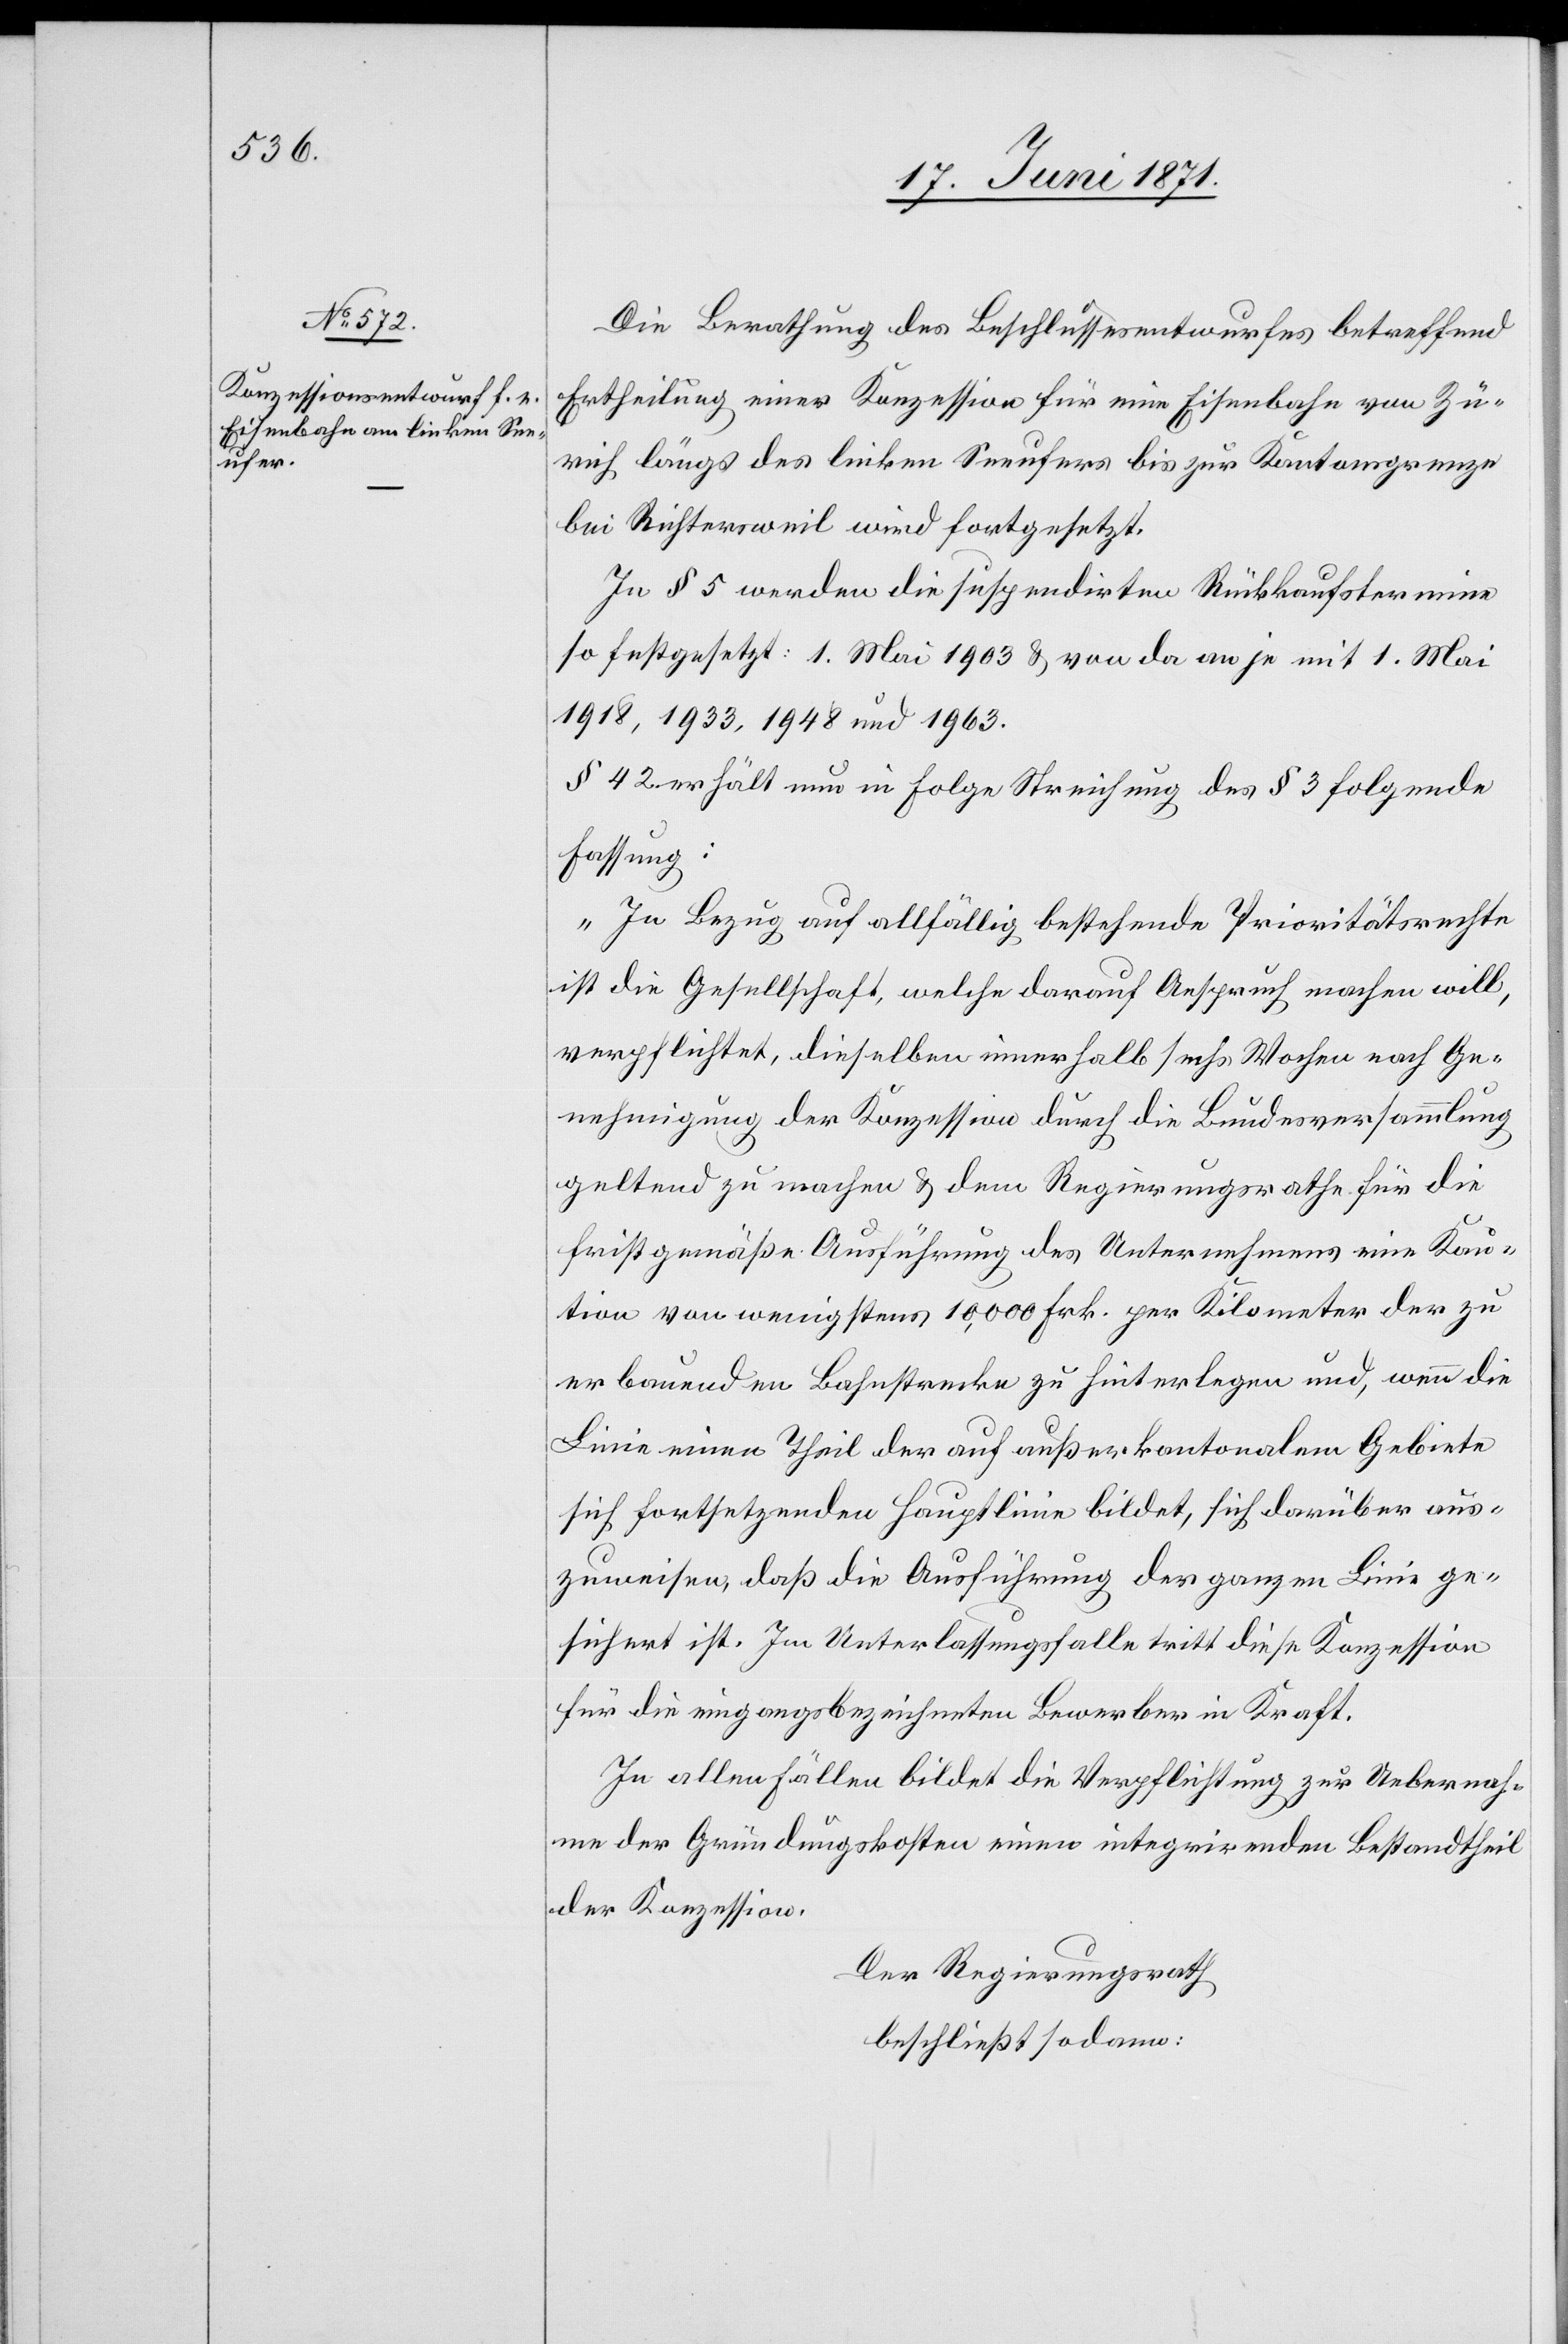
Die Berathung des Beschlussesentwurfes betreffend
Ertheilung einer Konzession für eine Eisenbahn von Zü¬
rich längs des linken Seeufers bis zur Kantonsgrenze
bei Richtersweil wird fortgesetzt.
Im § 5 werden die suspendirten Rückkaufstermine
so festgesetzt: 1. Mai 1903 u. von da an je mit 1. Mai
1918, 1933, 1948 u. 1963.
§ 42 erhält nun in Folge Streichung des § 3 folgende
Fassung:
„In Bezug auf allfällig bestehende Prioritätsrechte
ist die Gesellschaft welche darauf Anspruch machen will,
verpflichtet, dieselben innerhalb sechs Wochen nach Ge¬
nehmigung der Konzession durch die Bundesversammlung
geltend zu machen u. dem Regierungsrathe für die
fristgemäße Ausführung des Unternehmens eine Kau¬
tion von wenigstens 10,000 Frk. per Kilometer der zu
erbauenden Bahnstrecke zu hinterlegen und, wenn die
Linie einen Theil der auf außerkantonalen Gebiete
sich fortsetzenden Hauptlinie bildet, sich darüber aus¬
zuweisen, daß die Ausführung der ganzen Linie ge¬
sichert ist. Im Unterlassungsfalle tritt diese Konzession
für die eingangsbezeichneten Bewerber in Kraft.
In allen Fällen bildet die Verpflichtung zur Uebernah¬
me der Gründungskosten einen integrirenden Bestandtheil
der Konzession.
Der Regierungsrath
beschließt sodann: